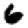
Digit: 6